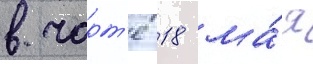
в чарт'е 18 ма́я